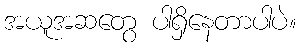
အယူအဆတွေ ပါရှိနေတာပါပဲ။